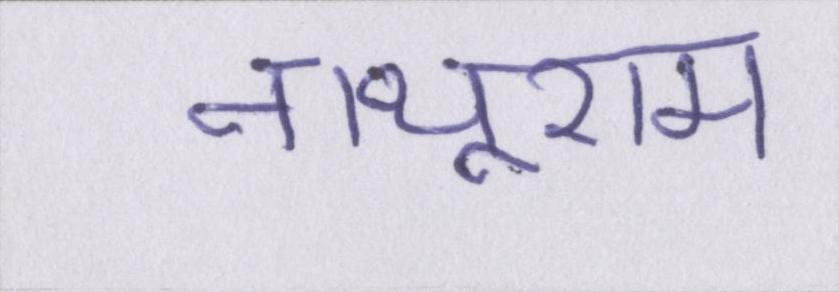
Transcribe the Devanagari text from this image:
नाथूराम